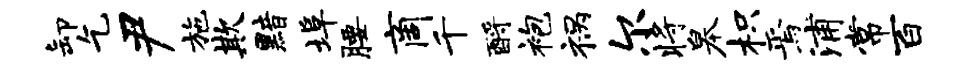
卸乞尹施欺黯埠腰商千酹袍祸尔将皋枳焉浦常百